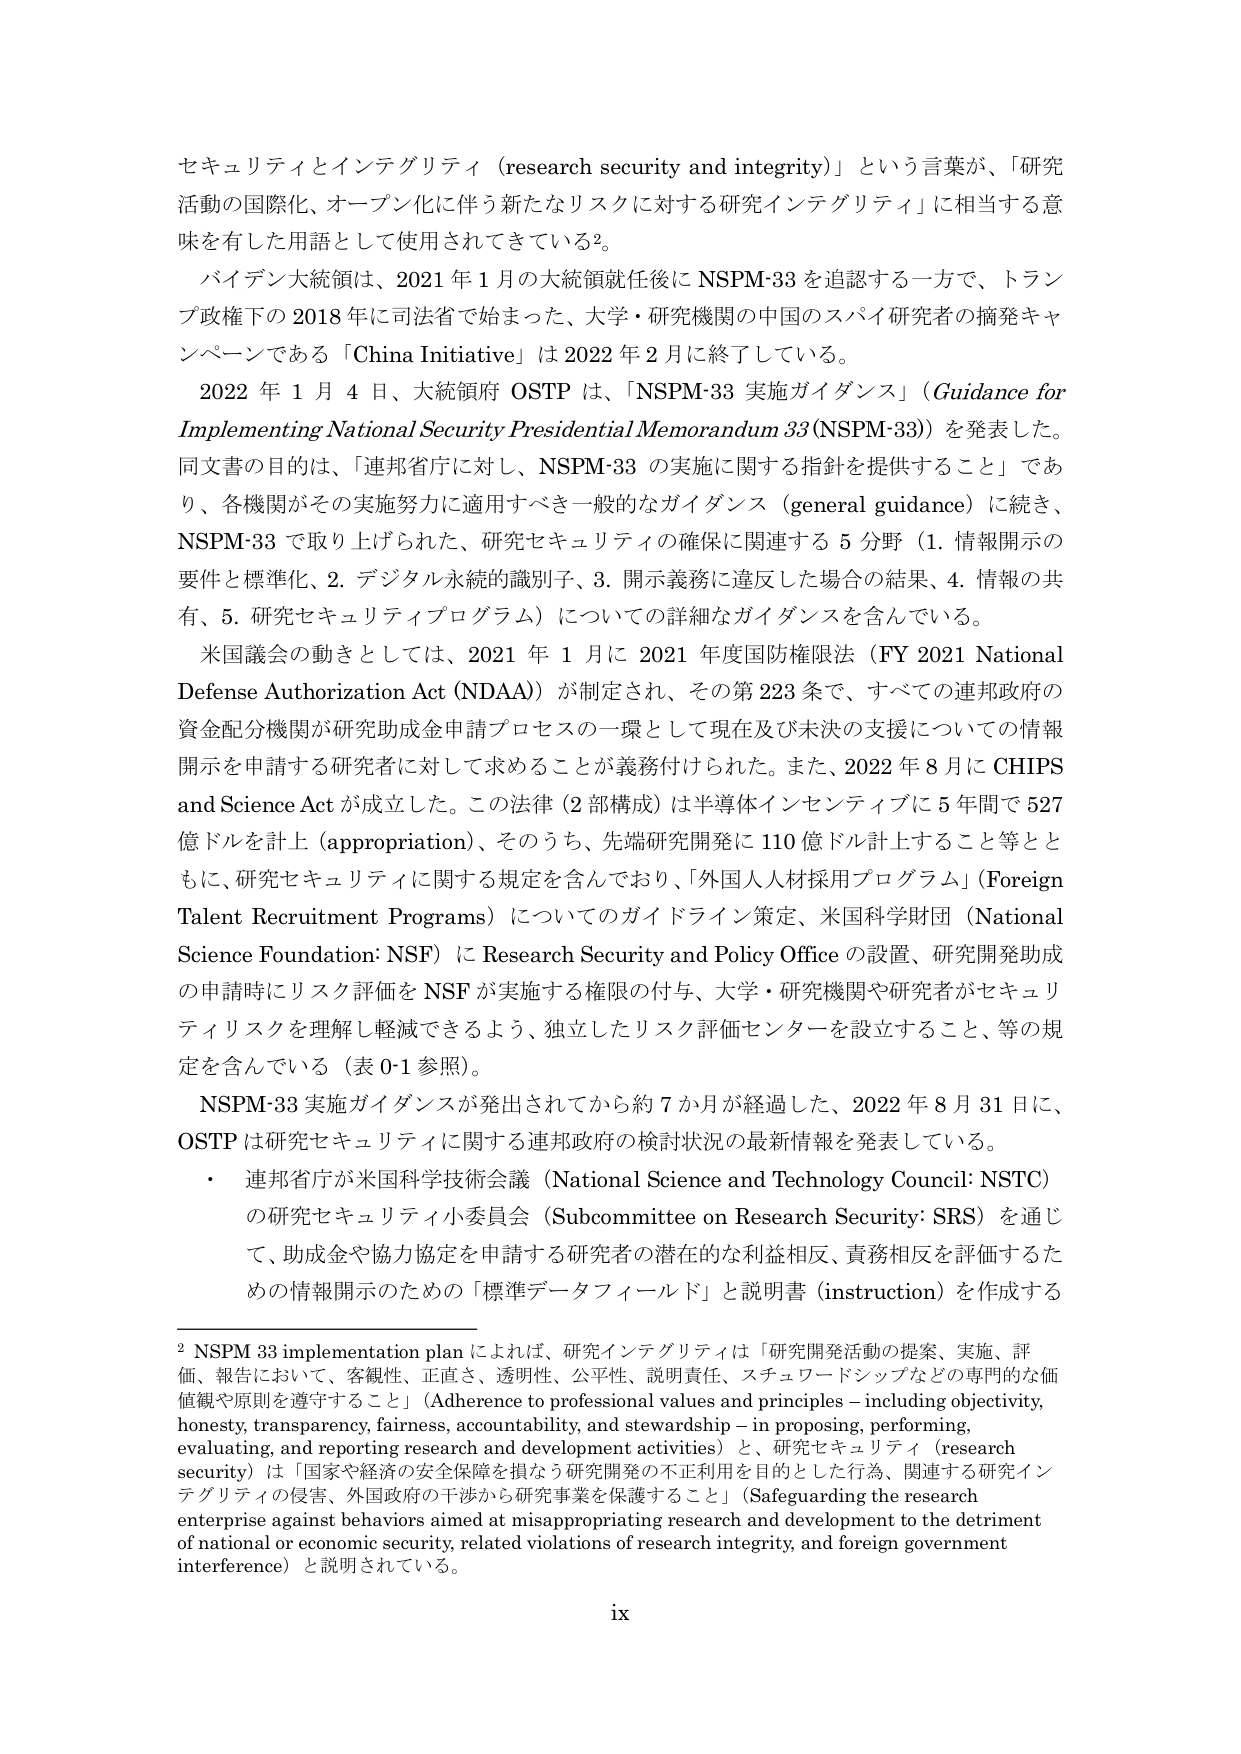
セキュリティとインテグリティ（research security and integrity）という言葉が、「研究活動の国際化、オープン化に伴う新たなリスクに対する研究インテグリティ」に相当する意味を有した用語として使用されてきている²。

バイデン大統領は、2021年1月の大統領就任後にNSPM-33を追認する一方で、トランプ政権下の2018年に司法省で始まった、大学・研究機関の中国のスパイ研究者の摘発キャンペーンである「China Initiative」は2022年2月に終了している。

2022年1月4日、大統領府OSTPは、「NSPM-33 実施ガイダンス」（Guidance for Implementing National Security Presidential Memorandum 33(NSPM-33)）を発表した。同文書の目的は、「連邦省庁に対し、NSPM-33の実施に関する指針を提供すること」であり、各機関がその実施努力に適用すべき一般的なガイダンス（general guidance）に続き、NSPM-33で取り上げられた、研究セキュリティの確保に関連する5分野（1. 情報開示の要件と標準化、2. デジタル永続的識別子、3. 開示義務に違反した場合の結果、4. 情報の共有、5. 研究セキュリティプログラム）についての詳細なガイダンスを含んでいる。

米国議会の動きとしては、2021年1月に2021年度国防権限法（FY 2021 National Defense Authorization Act (NDAA)）が制定され、その第223条で、すべての連邦政府の資金配分機関が研究助成金申請プロセスの一環として現在及び未決の支援についての情報開示を申請する研究者に対して求めることが義務付けられた。また、2022年8月にCHIPS and Science Actが成立した。この法律（2部構成）は半導体インセンティブに5年間で527億ドルを計上（appropriation）、そのうち、先端研究開発に110億ドル計上すること等とともに、研究セキュリティに関する規定を含んでおり、「外国人人材採用プログラム」（Foreign Talent Recruitment Programs）についてのガイドライン策定、米国科学財団（National Science Foundation: NSF）にResearch Security and Policy Officeの設置、研究開発助成の申請時にリスク評価をNSFが実施する権限の付与、大学・研究機関や研究者がセキュリティリスクを理解し軽減できるよう、独立したリスク評価センターを設立すること、等の規定を含んでいる（表0-1参照）。

NSPM-33実施ガイダンスが発出されてから約7か月が経過した、2022年8月31日に、OSTPは研究セキュリティに関する連邦政府の検討状況の最新情報を発表している。

・ 連邦省庁が米国科学技術会議（National Science and Technology Council: NSTC）の研究セキュリティ小委員会（Subcommittee on Research Security: SRS）を通じて、助成金や協力協定を申請する研究者の潜在的な利益相反、責務相反を評価するための情報開示のための「標準データフィールド」と説明書（instruction）を作成する

² NSPM 33 implementation plan によれば、研究インテグリティは「研究開発活動の提案、実施、評価、報告において、客観性、正直さ、透明性、公平性、説明責任、ステュワードシップなどの専門的な価値観や原則を遵守すること」（Adherence to professional values and principles – including objectivity, honesty, transparency, fairness, accountability, and stewardship – in proposing, performing, evaluating, and reporting research and development activities）と、研究セキュリティ（research security）は「国家や経済の安全保障を損なう研究開発の不正利用を目的とした行為、関連する研究インテグリティの侵害、外国政府の干渉から研究事業を保護すること」（Safeguarding the research enterprise against behaviors aimed at misappropriating research and development to the detriment of national or economic security, related violations of research integrity, and foreign government interference）と説明されている。

ix